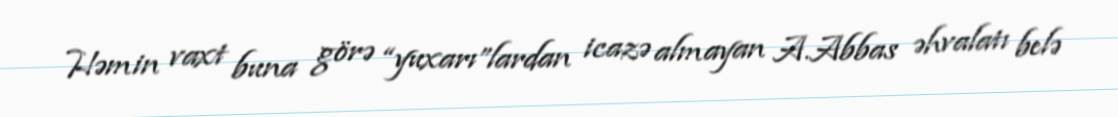
Həmin vaxt buna görə “yuxarı”lardan icazə almayan A.Abbas əhvalatı belə